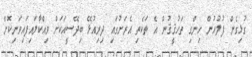
ގުޅިގެން ފުލުހުން ހިންގި ތަހުޤީޤުން އެ ތަކެތި އެރަށުގައި ދިރިއުޅޭ ބިދޭސީއަކަށް ވިއްކާލައިފައިވަނިކޮަށް